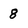
Character: 8